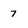
Character: 7